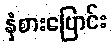
နှံစားပြောင်း